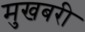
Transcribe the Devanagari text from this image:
मुखबरी